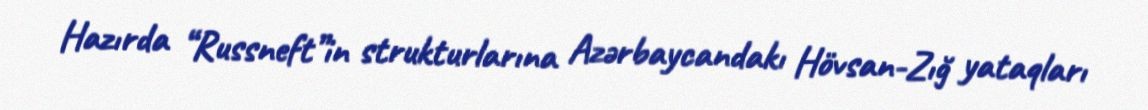
Hazırda “Russneft”in strukturlarına Azərbaycandakı Hövsan-Zığ yataqları